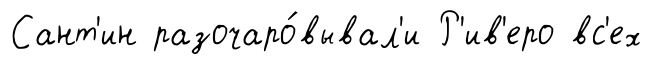
Сант'ин разочаро́вывал'и Р'ив'еро вс'ех